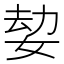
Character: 𡝔